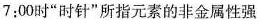
7:00时”时针”所指元素的非金属性强